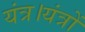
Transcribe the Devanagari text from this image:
यंत्र।यंत्रों